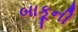
બાકૂની